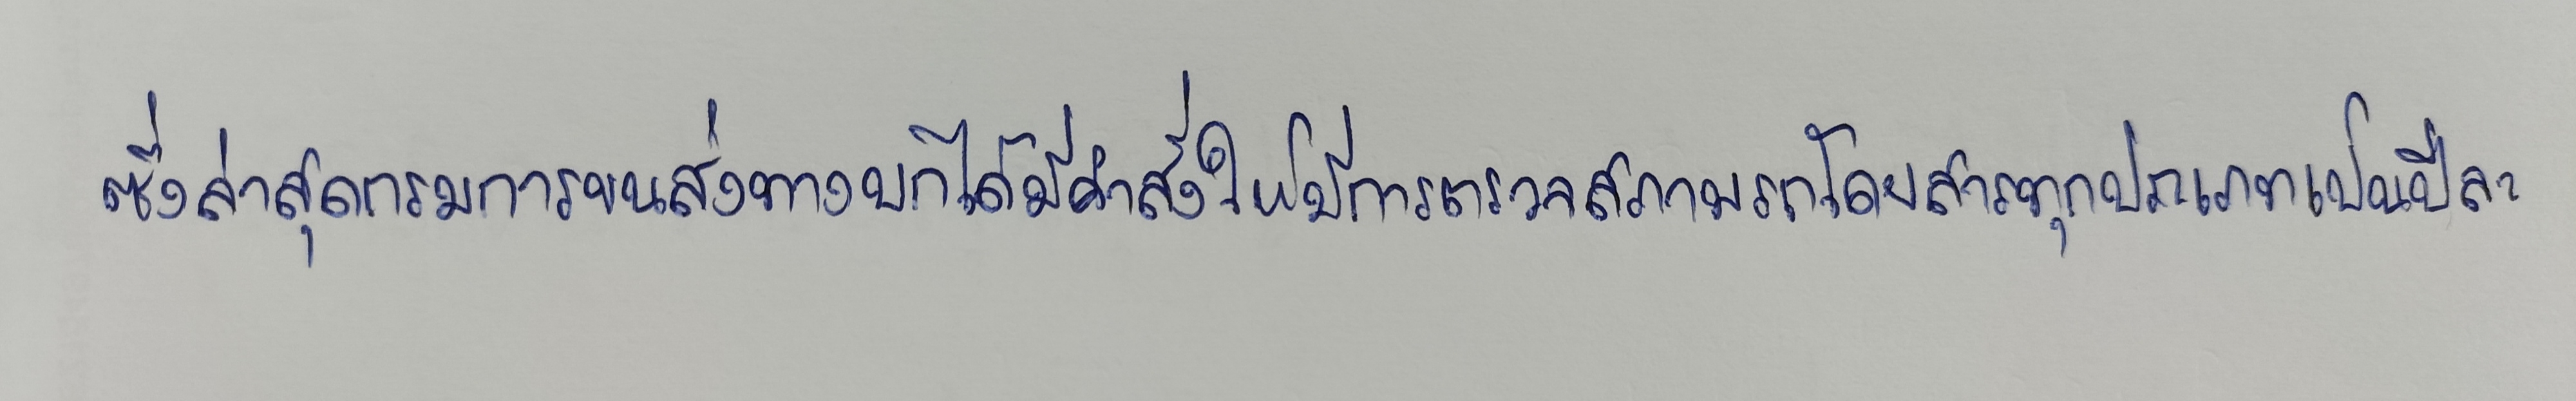
ซึ่งล่าสุดกรมการขนส่งทางบกได้มีคำสั่งให้มีการตรวจสภาพรถโดยสารทุกประเภทเป็นปีละ